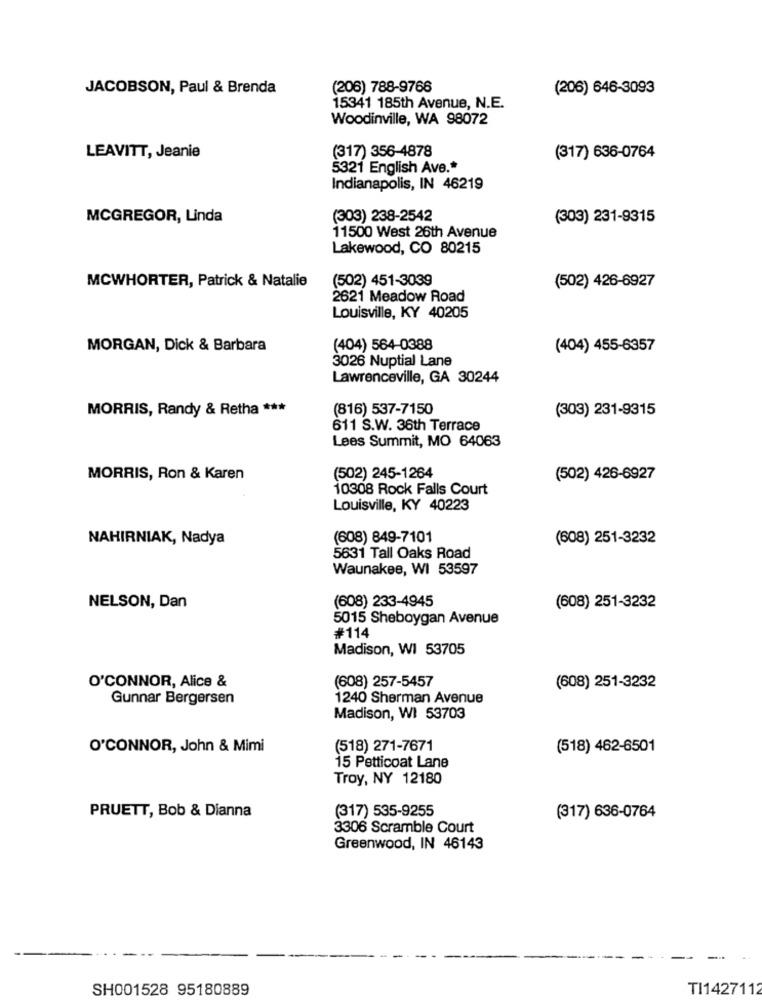
JACOBSON, Paul & Brenda
(206) 788-9766
(206) 646-3093
15341 185th Avenue, N.E.
Woodinville, WA 98072
(317) 356-4878
LEAVITT, Jeanie
(317) 636-0764
5321 English Ave .*
Indianapolis, IN 46219
MCGREGOR, Linda
(303) 238-2542
(303) 231-9315
11500 West 26th Avenue
Lakewood, CO 80215
(502) 451-3039
MCWHORTER, Patrick & Natalie
(502) 426-6927
2621 Meadow Road
Louisville, KY 40205
MORGAN, Dick & Barbara
(404) 564-0388
(404) 455-6357
3026 Nuptial Lane
Lawrenceville, GA 30244
MORRIS, Randy & Retha ***
(816) 537-7150
(303) 231-9315
611 S.W. 36th Terrace
Lees Summit, MO 64063
(502) 245-1264
MORRIS, Ron & Karen
(502) 426-6927
10308 Rock Falls Court
Louisville, KY 40223
NAHIRNIAK, Nadya
(608) 849-7101
(608) 251-3232
5631 Tall Oaks Road
Waunakee, WI 53597
(608) 233-4945
NELSON, Dan
(608) 251-3232
5015 Sheboygan Avenue
#114
Madison, WI 53705
O'CONNOR, Alice &
(608) 257-5457
(608) 251-3232
Gunnar Bergersen
1240 Sherman Avenue
Madison, WI 53703
O'CONNOR, John & Mimi
(518) 271-7671
(518) 462-6501
15 Petticoat Lane
Troy, NY 12180
PRUETT, Bob & Dianna
(317) 535-9255
(317) 636-0764
3306 Scramble Court
Greenwood, IN 46143
SH001528 95180889
TI1427112